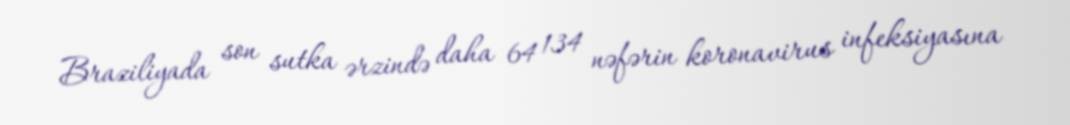
Braziliyada son sutka ərzində daha 64 134 nəfərin koronavirus infeksiyasına